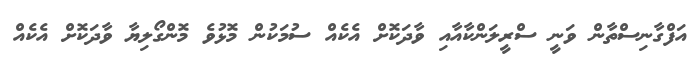
އަފްގާނިސްތާން ވަނީ ސްރީލަންކާއާއި ވާދަކޮށް އެކެއް ސުމަކުން މޮޅުވެ މޮންގޯލިޔާ ވާދަކޮށް އެކެއް